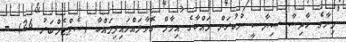
މިނާގެ ހާދިސާ ސިޔާސީ ނުކުރަން މައްކާގެ އިމާމް ގޮވާލައްވައިފިމައްކާ (ސެޕްޓެމްބަރު 26) -